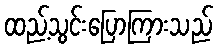
ထည့်သွင်းပြောကြားသည်